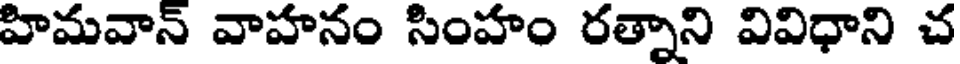
హిమవాన్ వాహనం సింహం రత్నాని వివిధాని చ